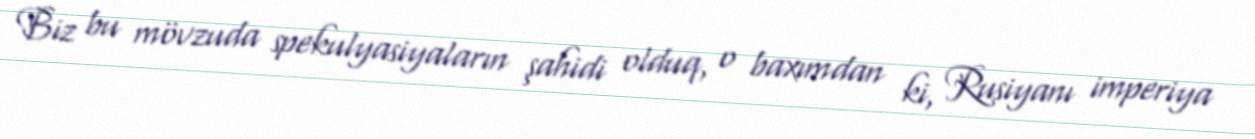
Biz bu mövzuda spekulyasiyaların şahidi olduq, o baxımdan ki, Rusiyanı imperiya